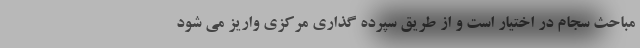
مباحث سجام در اختیار است و از طریق سپرده گذاری مرکزی واریز می شود